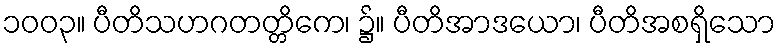
၁၀၀၃။ ပီတိသဟဂတတ္တိကေ၊ ၌။ ပီတိအာဒယော၊ ပီတိအစရှိသော